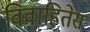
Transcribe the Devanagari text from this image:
विवाहितेस